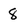
Character: 8